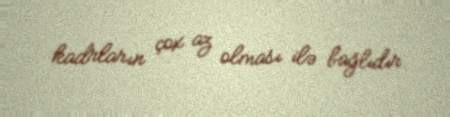
kadrların çox az olması ilə bağlıdır.